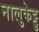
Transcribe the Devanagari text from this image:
नालुकेट्टु